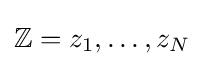
\mathbb {Z} =z_{1},\dots ,z_{N}